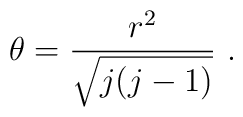
\theta=\frac{r^2}{\sqrt{j(j-1)}}~.